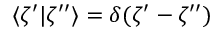
\langle \zeta ^ { \prime } | \zeta ^ { \prime \prime } \rangle = \delta ( \zeta ^ { \prime } - \zeta ^ { \prime \prime } )